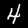
Digit: 4